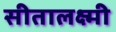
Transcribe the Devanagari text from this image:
सीतालक्ष्मी